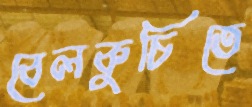
বেলকুচিতে